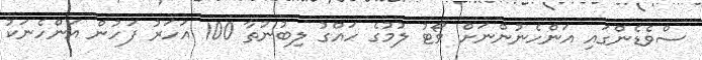
ސްވެޑެންގައި އަންހެނުންނަށް ވޯޓު ލުމުގެ ހައްގު ލިބުނުތާ 100 އަހަރު ފަހުން އަންހެނަކު